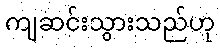
ကျဆင်းသွားသည်ဟု